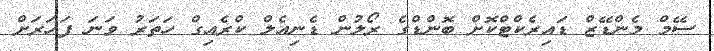
ސޭމް މެންޑޭޒް ޑައިރެކްޓްކޮށް ބޮންޑްގެ ރޯލުން ޑެނިއެލް ކްރެއިގް ހަތަރު ވަނަ ފަހަރަށް